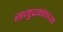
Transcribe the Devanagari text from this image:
समुद्रकांठच्या